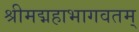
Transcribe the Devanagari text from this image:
श्रीमद्महाभागवतम्